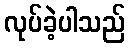
လုပ်ခဲ့ပါသည်